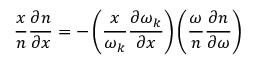
\frac { x } { n } \frac { \partial n } { \partial x } = - \left( \frac { x } { \omega _ { k } } \frac { \partial \omega _ { k } } { \partial x } \right) \left( \frac { \omega } { n } \frac { \partial n } { \partial \omega } \right)